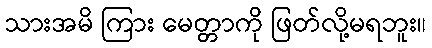
သားအမိ ကြား မေတ္တာကို ဖြတ်လို့မရဘူး။